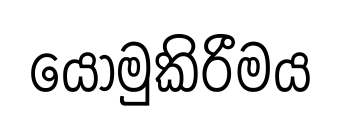
යොමුකිරීමය